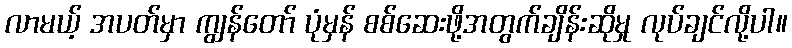
လာမယ့် အပတ်မှာ ကျွန်တော် ပုံမှန် စစ်ဆေးဖို့အတွက်ချိန်းဆိုမှု လုပ်ချင်လို့ပါ။